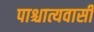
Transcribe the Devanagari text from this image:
पाश्चात्यवासी